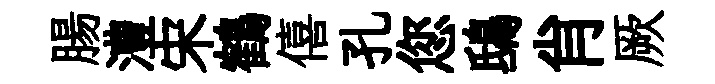
腸澧宋鶴僖孔您鴟肖厥